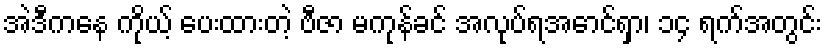
အဲဒီကနေ ကိုယ့် ပေးထားတဲ့ ဗီဇာ မကုန်ခင် အလုပ်ရအောင်ရှာ၊ ၁၄ ရက်အတွင်း